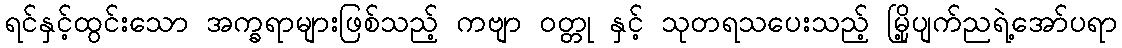
ရင်နှင့်ထွင်းသော အက္ခရာများဖြစ်သည့် ကဗျာ ဝတ္တု နှင့် သုတရသပေးသည့် မြို့ပျက်ညရဲ့အော်ပရာ